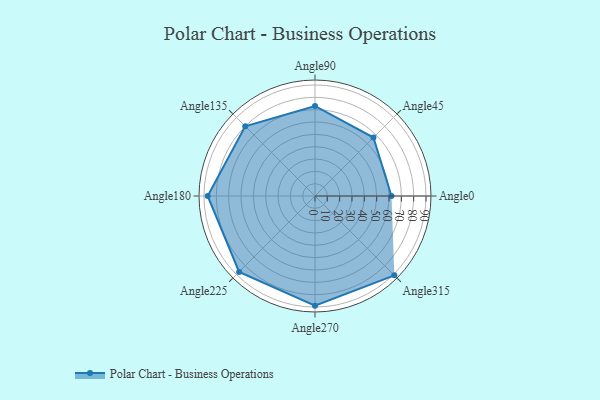
{"axis": {"x": "Angle", "y": "Radius"}, "legend": [""], "data": [{"x": "Angle0", "y": 62.0, "type": ""}, {"x": "Angle45", "y": 67.0, "type": ""}, {"x": "Angle90", "y": 73.0, "type": ""}, {"x": "Angle135", "y": 80.0, "type": ""}, {"x": "Angle180", "y": 87.0, "type": ""}, {"x": "Angle225", "y": 87.0, "type": ""}, {"x": "Angle270", "y": 89.0, "type": ""}, {"x": "Angle315", "y": 91.0, "type": ""}]}